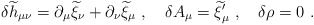
\begin{align*}\delta {\widetilde h}_{\mu\nu}=\partial_\mu{\widetilde \xi}_\nu + \partial_\nu {\widetilde \xi}_\mu~,~~~ \delta A_\mu={\widetilde\xi}_\mu^\prime~,~~~\delta\rho=0~.\end{align*}